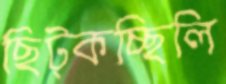
ছিট্‌কচ্ছিলি